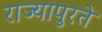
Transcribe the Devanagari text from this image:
राज्यापुरते